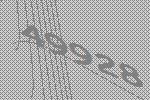
49928